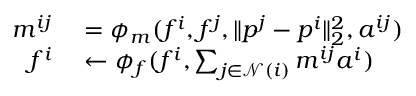
\begin{array} { r l } { m ^ { i j } } & { { } = \phi _ { m } ( f ^ { i } , f ^ { j } , \Vert p ^ { j } - p ^ { i } \Vert _ { 2 } ^ { 2 } , a ^ { i j } ) } \\ { f ^ { i } } & { { } \leftarrow \phi _ { f } ( f ^ { i } , \sum _ { j \in \mathcal { N } ( i ) } m ^ { i j } a ^ { i } ) } \end{array}